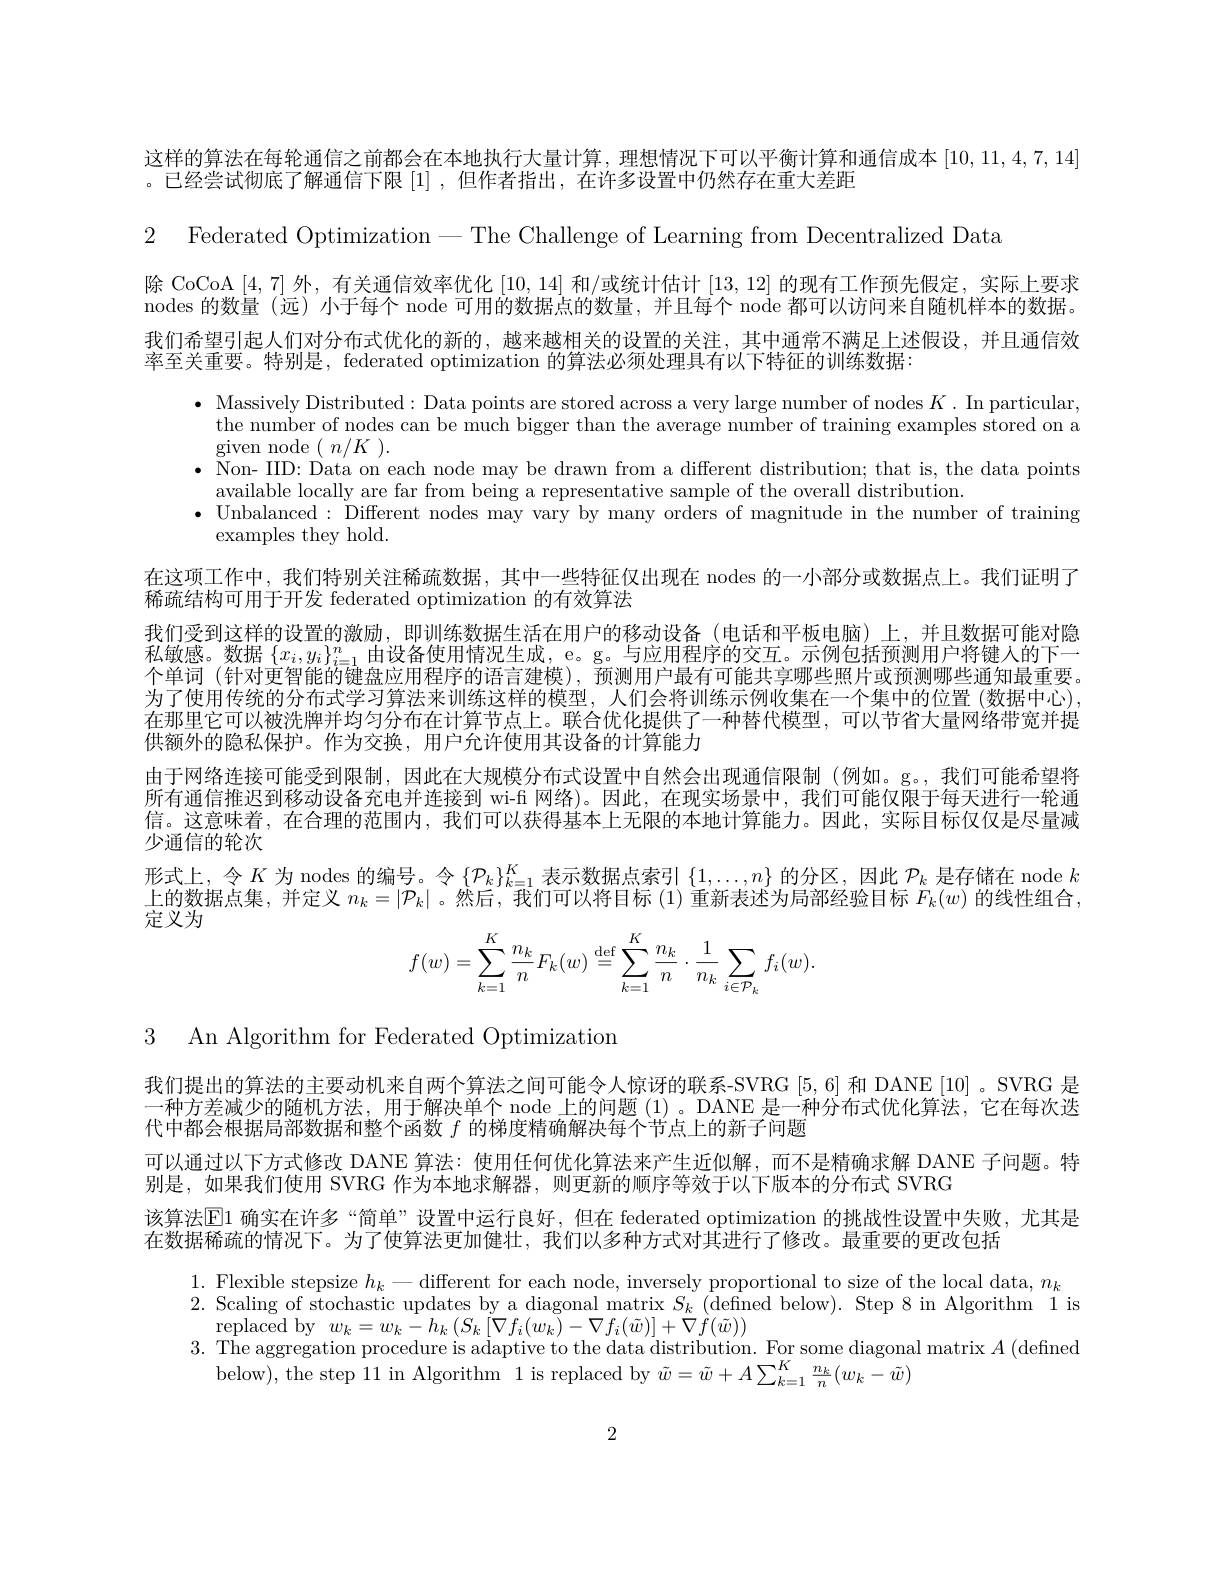
这样的算法在每轮通信之前都会在本地执行大量计算，理想情况下可以平衡计算和通信成本[10,11,4,7,14]

。已经尝试彻底了解通信下限[1],但作者指出，在许多设置中仍然存在重大差距

2 Federated Optimization-The Challenge of Learning from Decentralized Data
除 CoCoA [4,7]外，有关通信效率优化[10,14]和/或统计估计[13,12]的现有工作预先假定，实际上要求nodes 的数量 (远) 小于每个 node 可用的数据点的数量，并且每个 node 都可以访问来自随机样本的数据。我们希望引起人们对分布式优化的新的，越来越相关的设置的关注，其中通常不满足上述假设，并且通信效率至关重要。特别是，federated optimization 的算法必须处理具有以下特征的训练数据：
$\bullet$ Massively Distributed: Data points are stored across a very large number of nodes $K.$ In particular,
the number of nodes can be much bigger than the average number of training examples stored on a
$\operatorname { \mathrm{given~node~}} _{\mathrm{rro}}($ $n/ K$ ).
$\bullet$ Non- IID: Data on each node may be drawn from a different distribution; that is, the data points
available locally are far from being a representative sample of the overall distribution.
$\bullet$ Unbalanced: Different nodes may vary by many orders of magnitude in the number of training
examples they hold.
在这项工作中，我们特别关注稀疏数据，其中一些特征仅出现在 nodes 的一小部分或数据点上。我们证明了
稀疏结构可用于开发 federated optimization 的有效算法
我们受到这样的设置的激励，即训练数据生活在用户的移动设备(电话和平板电脑)上，并且数据可能对隐私敏感。数据$\{x_i,y_i\}_{i=1}^n$由设备使用情况生成，e。g。与应用程序的交互。示例包括预测用户将键入的下一个单词(针对更智能的键盘应用程序的语言建模),预测用户最有可能共享哪些照片或预测哪些通知最重要。为了使用传统的分布式学习算法来训练这样的模型，人们会将训练示例收集在一个集中的位置 (数据中心). 在那里它可以被洗牌并均匀分布在计算节点上。联合优化提供了一种替代模型，可以节省大量网络带宽并提供额外的隐私保护。作为交换，用户允许使用其设备的计算能力
由于网络连接可能受到限制，因此在大规模分布式设置中自然会出现通信限制(例如。g。,我们可能希望将所有通信推迟到移动设备充电并连接到 wi-fi 网络)。因此，在现实场景中，我们可能仅限于每天进行一轮通信。这意味着，在合理的范围内，我们可以获得基本上无限的本地计算能力。因此，实际目标仅仅是尽量减少通信的轮次
形式上，令$K$为 nodes 的编号。令$\{\mathcal{P}_k\}_k=1^K$表示数据点索引$\{1,\ldots,n\}$的分区，因此$\mathcal{P}_k$是存储在 node $k$ 上的数据点集，并定义$n_k=|\mathcal{P}_k|$ 。然后，我们可以将目标(1)重新表述为局部经验目标$F_k(w)$的线性组合， 定义为
$$f(w)=\sum\limits_{k=1}^K\frac{n_k}{n}F_k(w)\stackrel{\mathrm{def}}{=}\sum\limits_{k=1}^K\frac{n_k}{n}\cdot\frac{1}{n_k}\sum\limits_{i\in\mathcal{P}_k}f_i(w).$$
3 An Algorithm for Federated Optimization

我们提出的算法的主要动机来自两个算法之间可能令人惊讶的联系-SVRG [5,6] 和 DANE [10] 。SVRG 是一种方差减少的随机方法，用于解决单个 node 上的问题 (1)。DANE 是一种分布式优化算法，它在每次迭代中都会根据局部数据和整个函数$f$的梯度精确解决每个节点上的新子问题
可以通过以下方式修改 DANE 算法：使用任何优化算法来产生近似解，而不是精确求解 DANE 子问题。特
别是，如果我们使用 SVRG 作为本地求解器，则更新的顺序等效于以下版本的分布式 SVRG
该算法$\operatorname{El}$ 确实在许多“简单”设置中运行良好，但在 federated optimization 的挑战性设置中失败，尤其是
在数据稀疏的情况下。为了使算法更加健壮，我们以多种方式对其进行了修改。最重要的更改包括

$\begin{array}{l}1.&\text{Flexible stepsize }h_k-\text{different for each node, inversely proportional to size of the local data, }n_k\\2.&\text{Scaling of stochastic updates by a diagonal matrix }S_k\text{ (defined below). Step 8 in Algorithm 1 is}\end{array}$

$\mathop{\mathrm{replaced~by}}_{\mathrm{Tu}}w_{k}=w_{k}-h_{k}\left(S_{k}\left[\nabla f_{i}(w_{k})-\nabla f_{i}(\tilde{w})\right]+\nabla f(\tilde{w})\right)$
3. The aggregation procedure is adaptive to the data distribution. For some diagonal matrix $A$ (defined
below),the step 11 in Algorithm 1 is replaced by $\tilde{w}=\tilde{w}+A\sum_{k=1}^{K}\frac{n_{k}}{n}(w_{k}-\tilde{w})$

2